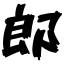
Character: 郎